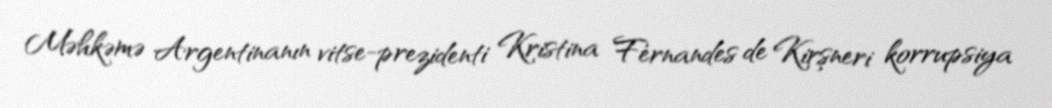
Məhkəmə Argentinanın vitse-prezidenti Kristina Fernandes de Kirşneri korrupsiya